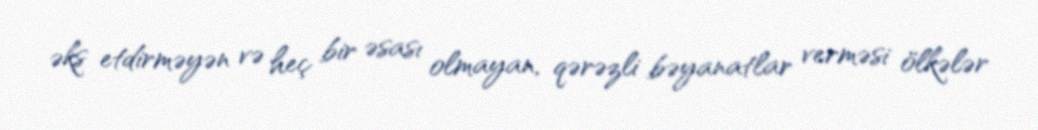
əks etdirməyən və heç bir əsası olmayan, qərəzli bəyanatlar verməsi ölkələr